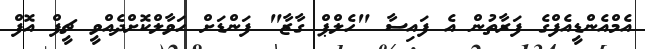
އެމްއެންޑީއެފްގެ ފަރާތުން އެ ފައިސާ "ހެލްޕް ގާޒާ" ފަންޑަށް ހަވާލްކޮށްދެއްވީ ޗީފް އޮފް